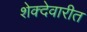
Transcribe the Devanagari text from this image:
शेक्देवारीत